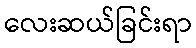
လေးဆယ်ခြင်းရာ